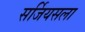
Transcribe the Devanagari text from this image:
सर्जियसला